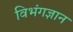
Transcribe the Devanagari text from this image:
विभंगज्ञान